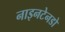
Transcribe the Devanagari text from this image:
नाइनटेनडो